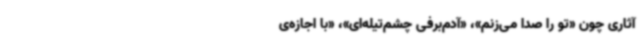
آثاری چون «تو را صدا می‌زنم»، «آدم‌برفی چشم‌تیله‌ای»، «با اجازه‌ی‌